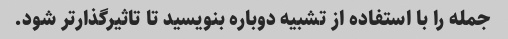
جمله را با استفاده از تشبیه دوباره بنویسید تا تاثیرگذارتر شود.